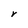
Character: r